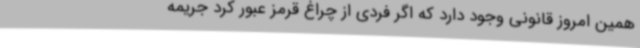
همین امروز قانونی وجود دارد که اگر فردی از چراغ قرمز عبور کرد جریمه